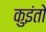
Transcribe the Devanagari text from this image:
कुइंतो